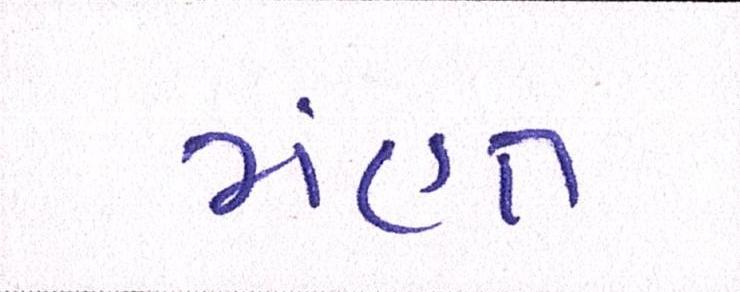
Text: મંહત